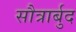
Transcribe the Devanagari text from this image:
सौत्रार्बुद